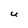
Character: U